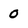
Character: 0